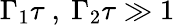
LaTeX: \Gamma_{1}\tau\mathrm{~,~}\Gamma_{2}\tau\gg 1